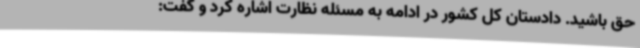
حق باشید. دادستان کل کشور در ادامه به مسئله نظارت اشاره کرد و گفت: